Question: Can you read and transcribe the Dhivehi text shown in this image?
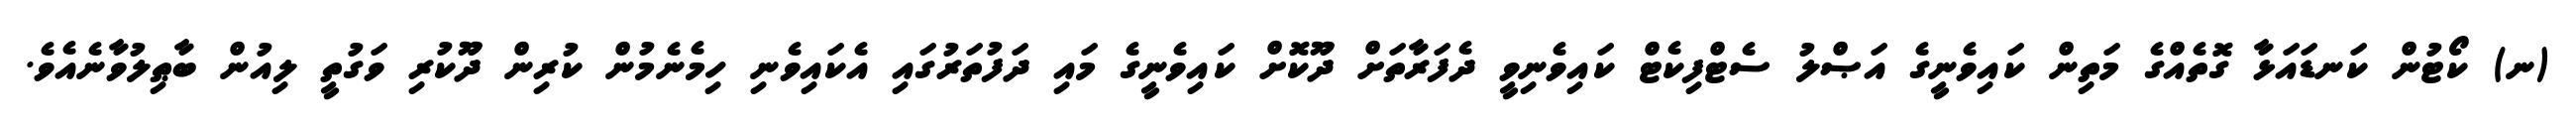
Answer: (ނ) ކޯޓުން ކަނޑައަޅާ ގޮތެއްގެ މަތިން ކައިވެނީގެ އަޞްލު ސެޓްފިކެޓް ކައިވެނިވީ ދެފަރާތަށް ދޫކޮށް ކައިވެނީގެ މައި ދަފުތަރުގައި އެކައިވެނި ހިމެނެމުން ކުރިން ދޫކުރި ވަގުތީ ލިއުން ބާޠިލުވާނެއެވެ.